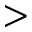
>